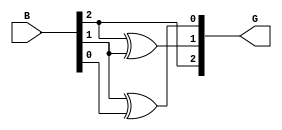
module gray_code_encoder #(parameter n = 3) (
    input  wire [n-1:0] B,  // n-bit binary input
    output wire [n-1:0] G   // n-bit Gray code output
);

// Gray code conversion logic
assign G[n-1] = B[n-1]; // MSB of Gray code is the same as MSB of binary input
genvar i;
generate
    for (i = n-2; i >= 0; i = i - 1) begin : gray_conversion
        assign G[i] = B[i+1] ^ B[i]; // G[i] = B[i+1] XOR B[i]
    end
endgenerate

endmodule